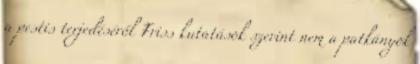
a pestis terjedéséről Friss kutatások szerint nem a patkányok